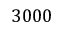
3 0 0 0